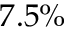
7 . 5 \%